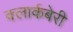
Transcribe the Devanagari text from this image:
क्लार्कबेरी